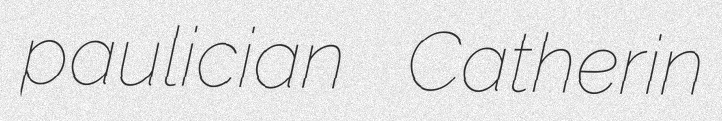
paulician Catherin